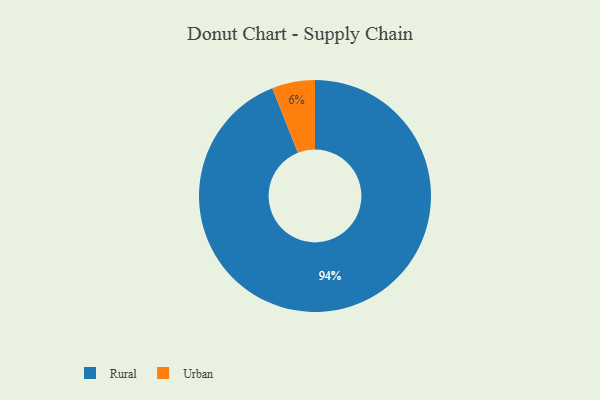
{"axis": {"x": "Category", "y": "Percentage"}, "legend": ["Rural", "Urban"], "data": [{"x": "Rural", "y": 94, "type": "Rural"}, {"x": "Urban", "y": 6, "type": "Urban"}]}